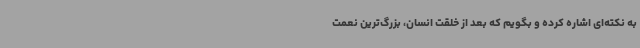
به نکته‌ای اشاره کرده و بگویم که بعد از خلقت انسان، بزرگ‌ترین نعمت